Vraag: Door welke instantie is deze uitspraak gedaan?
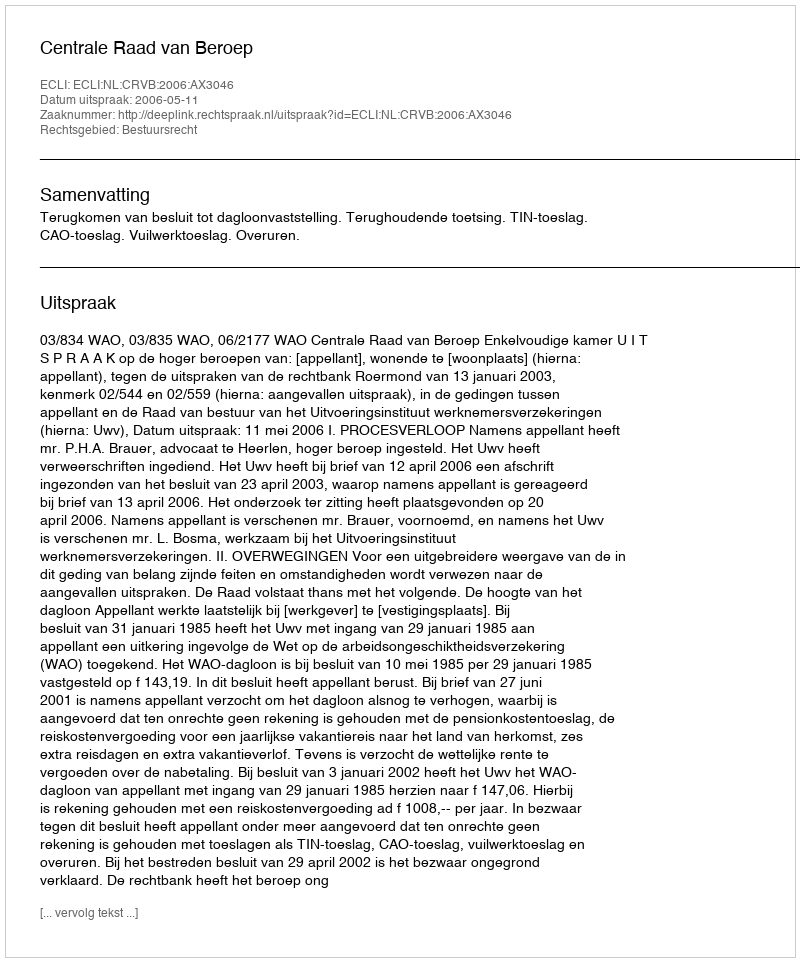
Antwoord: Centrale Raad van Beroep